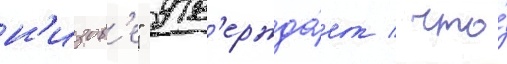
н'изов'е" утв'ержда́ет / что́